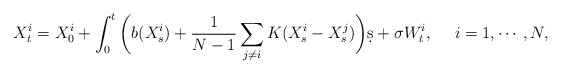
\begin{align*}X_t^i = X_0^i + \int_0^t\bigg(b(X_s^i) + \frac1{N-1}\sum_{j\neq i} K(X_s^i - X_s^j)\bigg)\d s + \sigma W_t^i,~~~~i=1,\cdots,N,\end{align*}